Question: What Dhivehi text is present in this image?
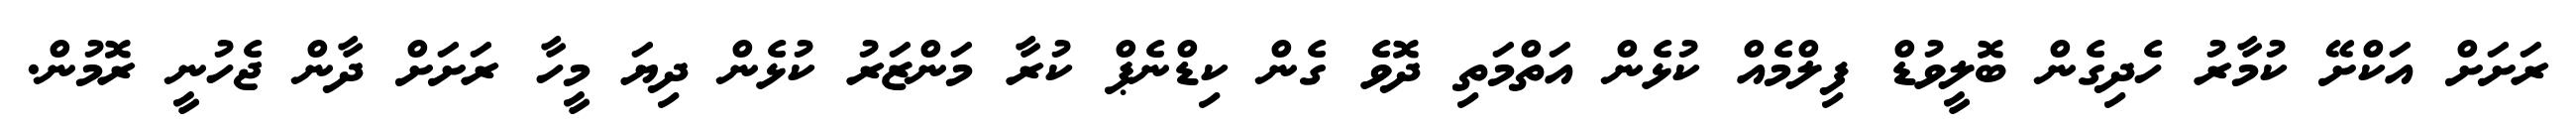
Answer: ރަށަށް އަކްށޭ ކުމާރު ހެދިގެން ބޮލީވުޑް ފިލްމެއް ކުޅެން އަތްމަތި ދޮވެ ގެން ކިޑްނެޕް ކުރާ މަންޒަރު ކުޅެން ދިޔަ މީހާ ރަށަށް ދާން ޖެހުނީ ރޮމުން.